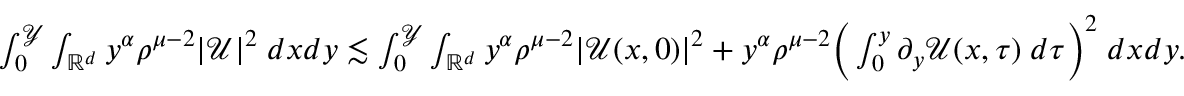
\begin{array} { r } { \int _ { 0 } ^ { \mathcal { Y } } \int _ { \mathbb { R } ^ { d } } y ^ { \alpha } \rho ^ { \mu - 2 } | \mathcal { U } | ^ { 2 } \; d x d y \lesssim \int _ { 0 } ^ { \mathcal { Y } } \int _ { \mathbb { R } ^ { d } } y ^ { \alpha } \rho ^ { \mu - 2 } | \mathcal { U } ( x , 0 ) | ^ { 2 } + y ^ { \alpha } \rho ^ { \mu - 2 } \Big ( \int _ { 0 } ^ { y } \partial _ { y } \mathcal { U } ( x , \tau ) \; d \tau \Big ) ^ { 2 } \; d x d y . } \end{array}